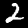
Digit: 2